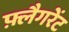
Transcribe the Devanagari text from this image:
फ़्लैगरेंट